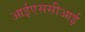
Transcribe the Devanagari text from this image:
आईएससीआई